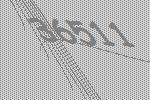
36511